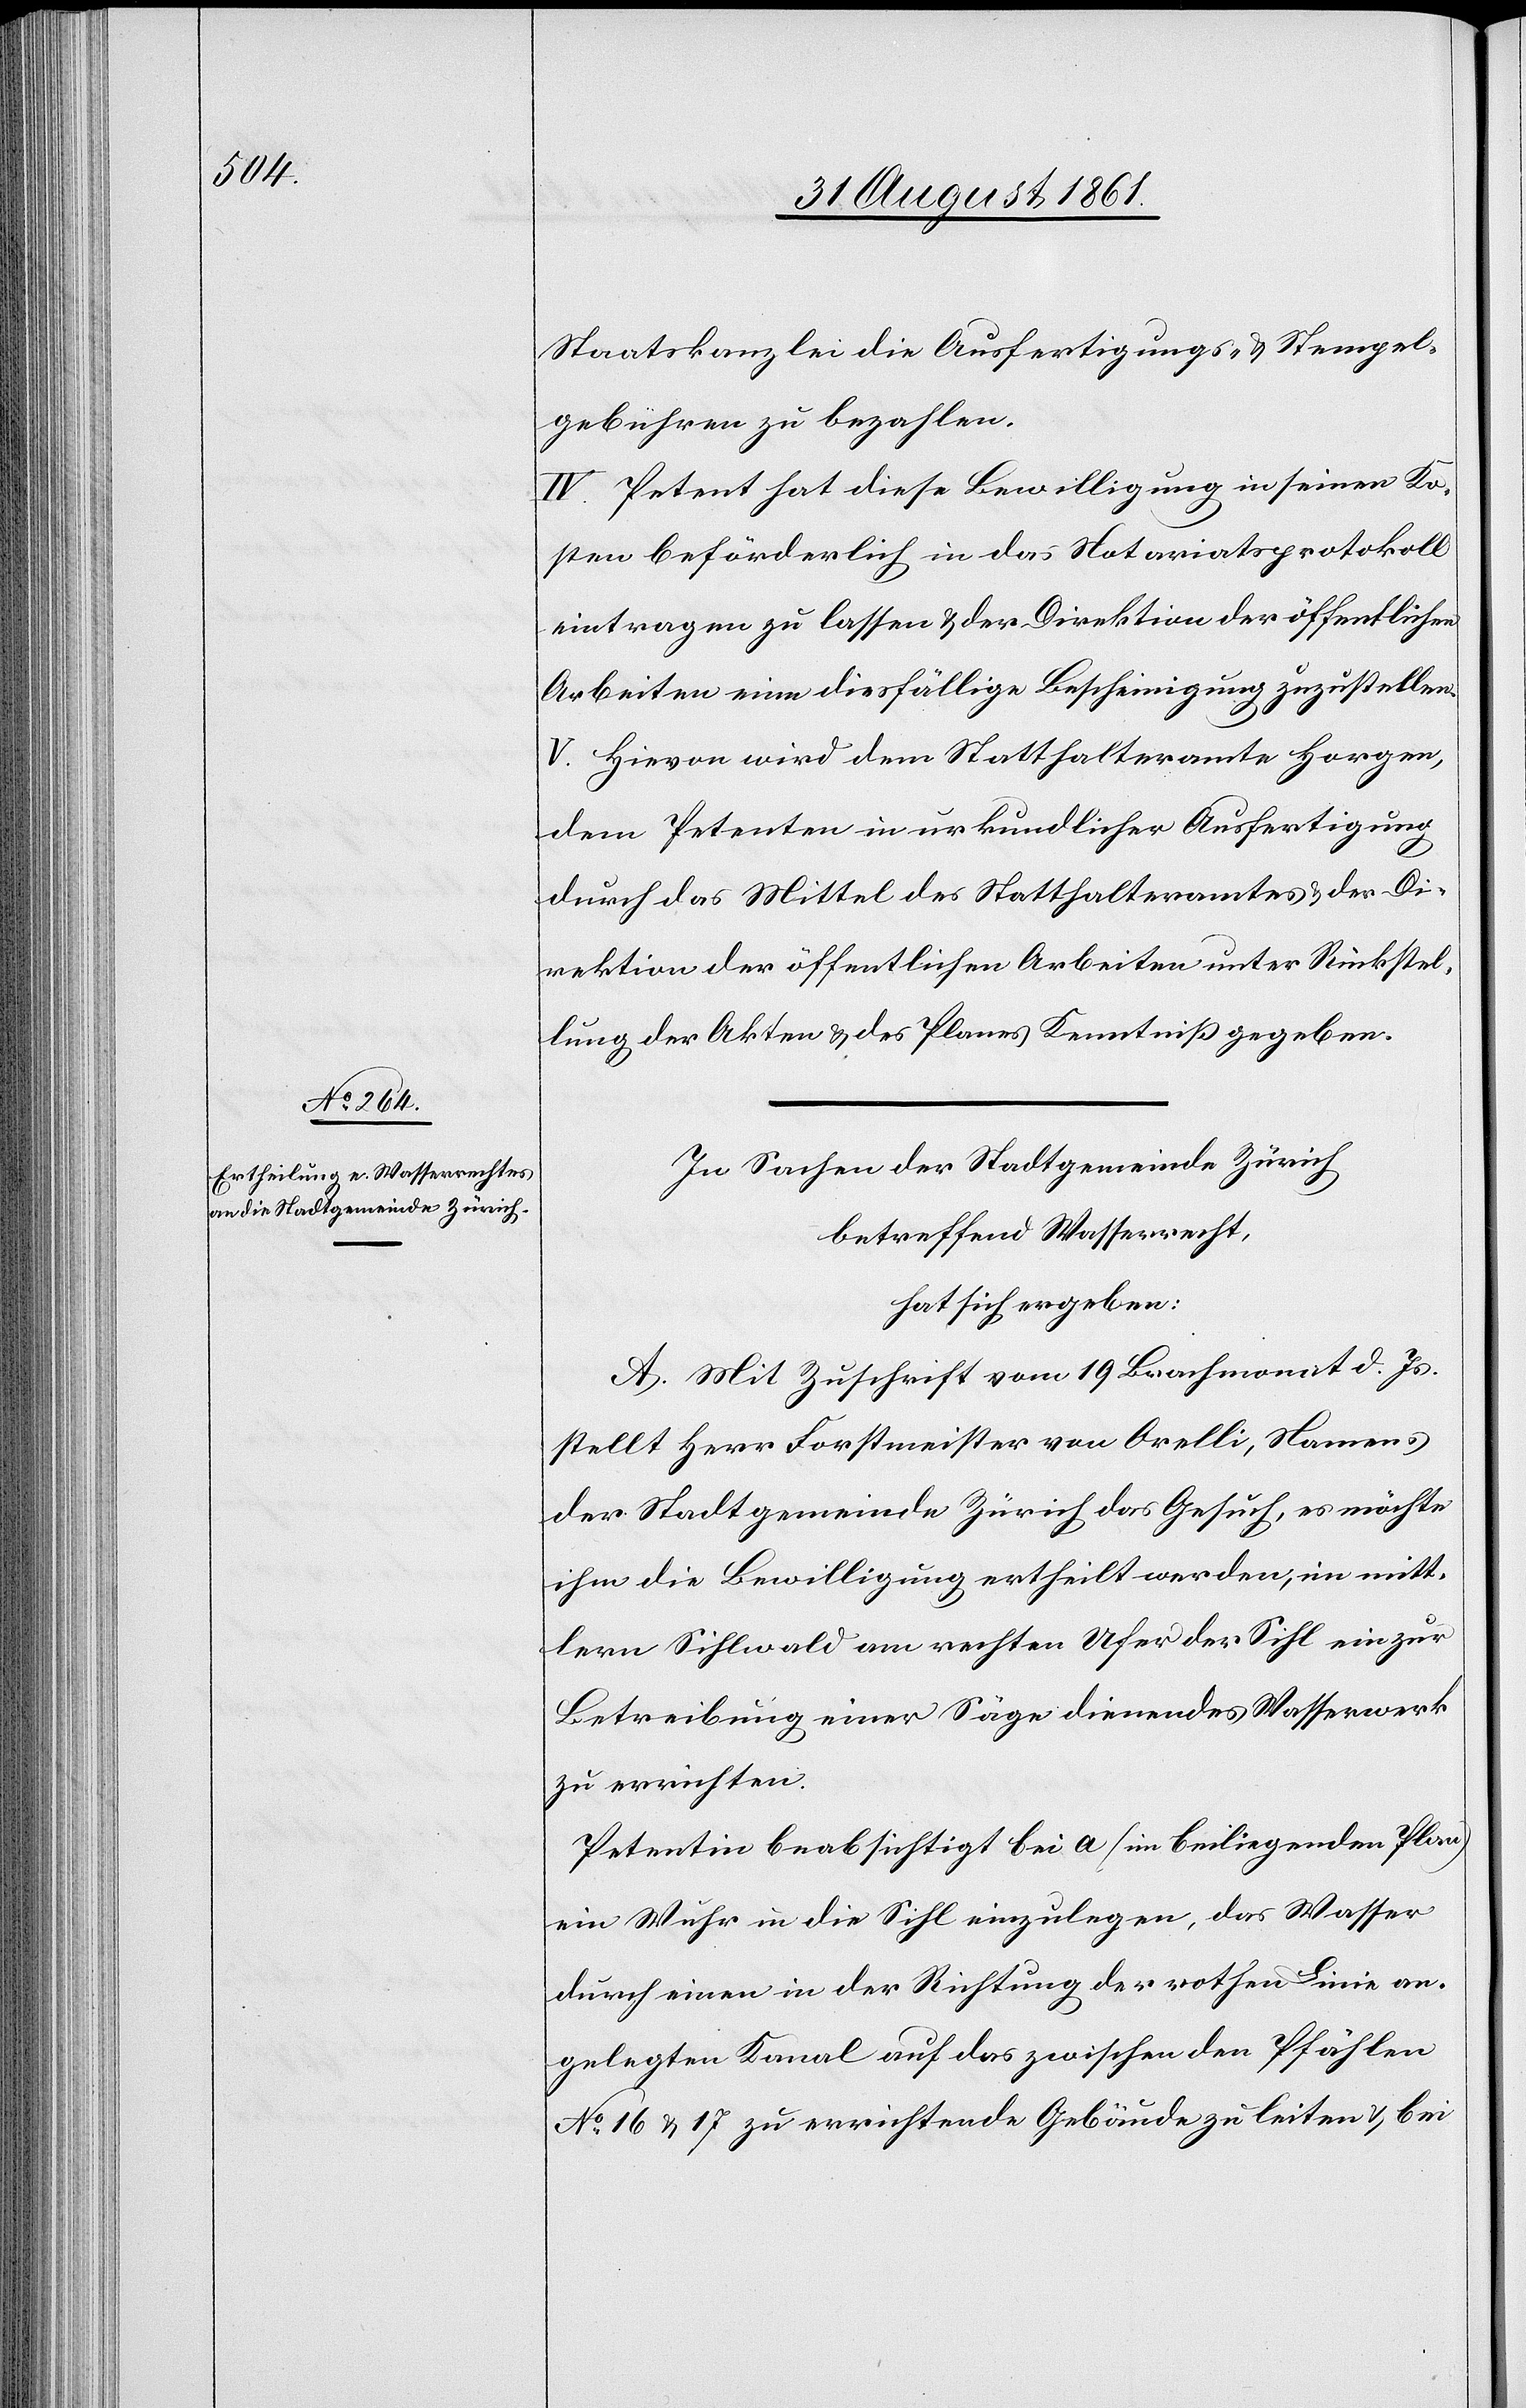
Staatskanzlei die Ausfertigungs- u. Stempel¬
gebühren zu bezahlen.
IV. Petent hat diese Bewilligung in seinen Ko¬
sten beförderlich in das Notariatsprotokoll
eintragen zu lassen u. der Direktion der öffentlichen
Arbeiten eine diesfällige Bescheinigung zuzustellen.
V. Hievon wird dem Statthalteramte Horgen,
dem Petenten in urkundlicher Ausfertigung
durch das Mittel des Statthalteramtes u. der Di¬
rektion der öffentlichen Arbeiten unter Rückstel¬
lung der Akten u. des Planes Kenntniß gegeben.
In Sachen der Stadtgemeinde Zürich
betreffend Wasserrecht,
hat sich ergeben:
A. Mit Zuschrift vom 19 Brachmonat d. Js.
stellt Herr Forstmeister von Orelli, Namens
der Stadtgemeinde Zürich das Gesuch, es möchte
ihm die Bewilligung ertheilt werden, im mitt¬
lern Sihlwald am rechten Ufer der Sihl ein zur
Betreibung einer Säge dienendes Wasserwerk
zu errichten.
Petentin beabsichtigt bei a (im beiliegenden Plan)
ein Wuhr in der Sihl einzulegen, das Wasser
durch einen in der Richtung der rothen Linie an¬
gelegten Kanal auf das zwischen den Pfählen
N° 16 u. 17 zu errichtende Gebäude zu leiten u. bei